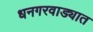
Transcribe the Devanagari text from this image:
धनगरवाड्यात